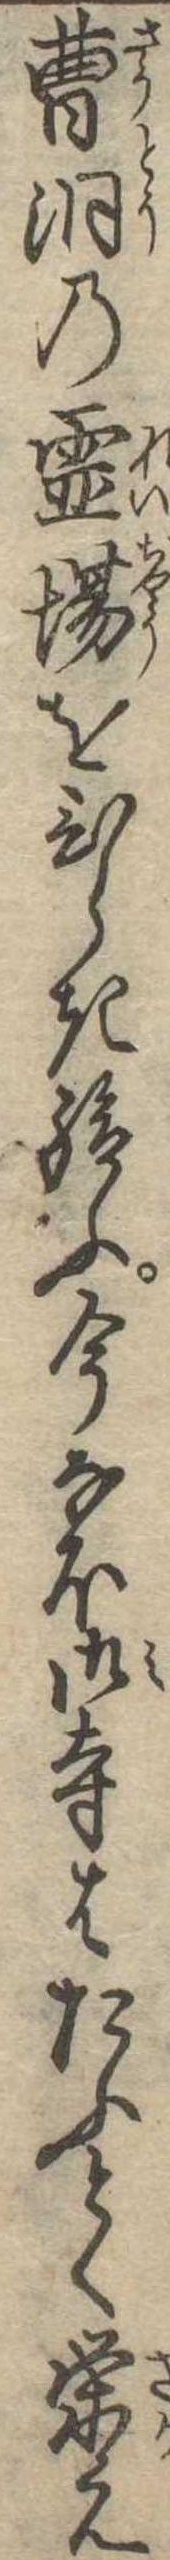
曹洞の霊場をひらき給ふ今なほ御寺はたふとく栄え